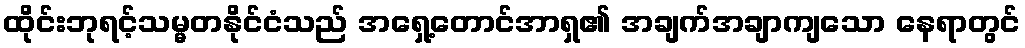
ထိုင်းဘုရင့်သမ္မတနိုင်ငံသည် အရှေ့တောင်အာရှ၏ အချက်အချာကျသော နေရာတွင်